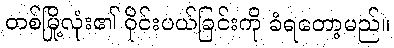
တစ်မြို့လုံး၏ ဝိုင်းပယ်ခြင်းကို ခံရတော့မည်။